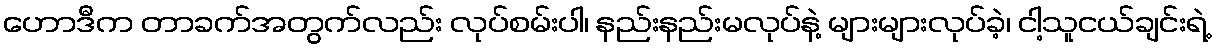
ဟောဒီက တာခက်အတွက်လည်း လုပ်စမ်းပါ၊ နည်းနည်းမလုပ်နဲ့ များများလုပ်ခဲ့၊ ငါ့သူငယ်ချင်းရဲ့